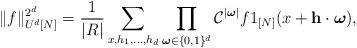
LaTeX: \begin{align*}\Vert f\Vert_{U^d[N]} ^{2^d} = \frac{1}{\vert R\vert}\sum\limits_{x,h_1,\dots,h_d}\prod\limits_{\boldsymbol{\omega}\in \{0,1\}^d}\mathcal{C}^{\vert \boldsymbol{\omega} \vert} f1_{[N]}(x+\mathbf{h}\cdot\boldsymbol{\omega}),\end{align*}